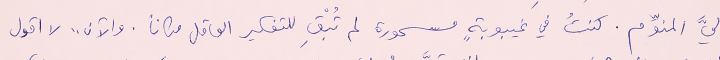
اليَّ المنوَّم. كنتُ في غيبوبةٍ مسحورة لم تُبْقِ للتفكير العاقل مكاناً. والآن .. لا اقول